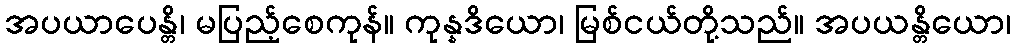
အပယာပေန္တိ၊ မပြည့်စေကုန်။ ကုန္နဒိယော၊ မြစ်ငယ်တို့သည်။ အပယန္တိယော၊